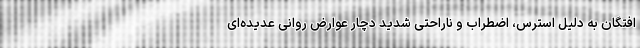
افتگان به دلیل استرس، اضطراب و ناراحتی شدید دچار عوارض روانی عدیده‌ای